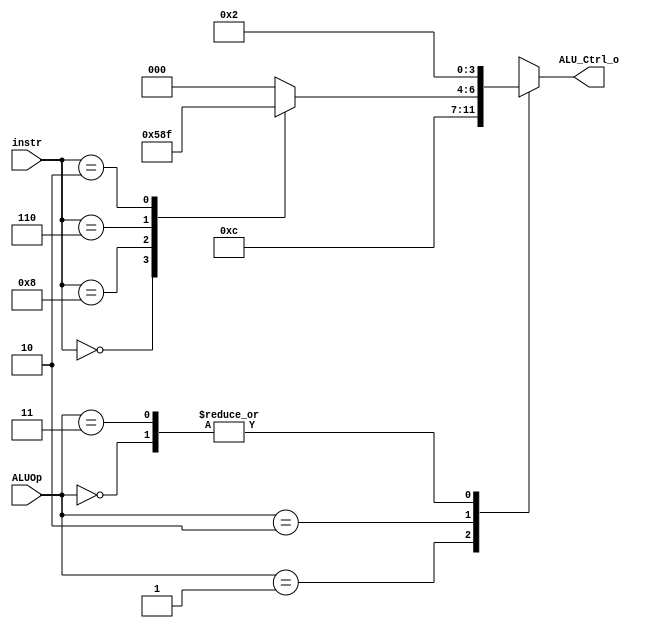

`timescale 1ns/1ps
/*instr[30,14:12]*/
module ALU_Ctrl(
    input       [4-1:0] instr,
    input       [2-1:0] ALUOp,
    output      [4-1:0] ALU_Ctrl_o
);
wire [2:0] func3;
assign func3 = instr[2:0];
/* Write your code HERE */

reg [3:0] ALU_Ctrl_o_reg;
assign ALU_Ctrl_o = ALU_Ctrl_o_reg;

always @(*) begin
    case(ALUOp)
        2'b00://lw sw => add
            ALU_Ctrl_o_reg <= 4'b0010;
        2'b01://branch => sub
            ALU_Ctrl_o_reg <= 4'b0110;
        2'b10://R-type
            begin
               
                case(instr)
                    4'b0000://add
                        ALU_Ctrl_o_reg <= 4'b0010;
                    4'b1000://sub
                        ALU_Ctrl_o_reg <= 4'b0110;
                    4'b0111://and
                        ALU_Ctrl_o_reg <= 4'b0000;
                    4'b0110://or
                        ALU_Ctrl_o_reg <= 4'b0001;
                    4'b0010://slt
                        ALU_Ctrl_o_reg <= 4'b0111;
                    default:
                        ALU_Ctrl_o_reg <= 4'b0000;
                    
                endcase
            
            end
        2'b11:
            ALU_Ctrl_o_reg <= 4'b0010;

        default:
            ALU_Ctrl_o_reg <= 4'b1111;

    endcase



end





endmodule